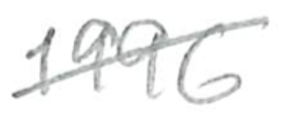
Text: 1996
Cross-out: diagonal
Writing tool: pencil